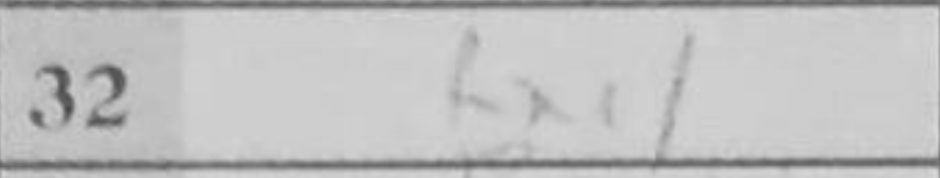
Transcription: Rxc1